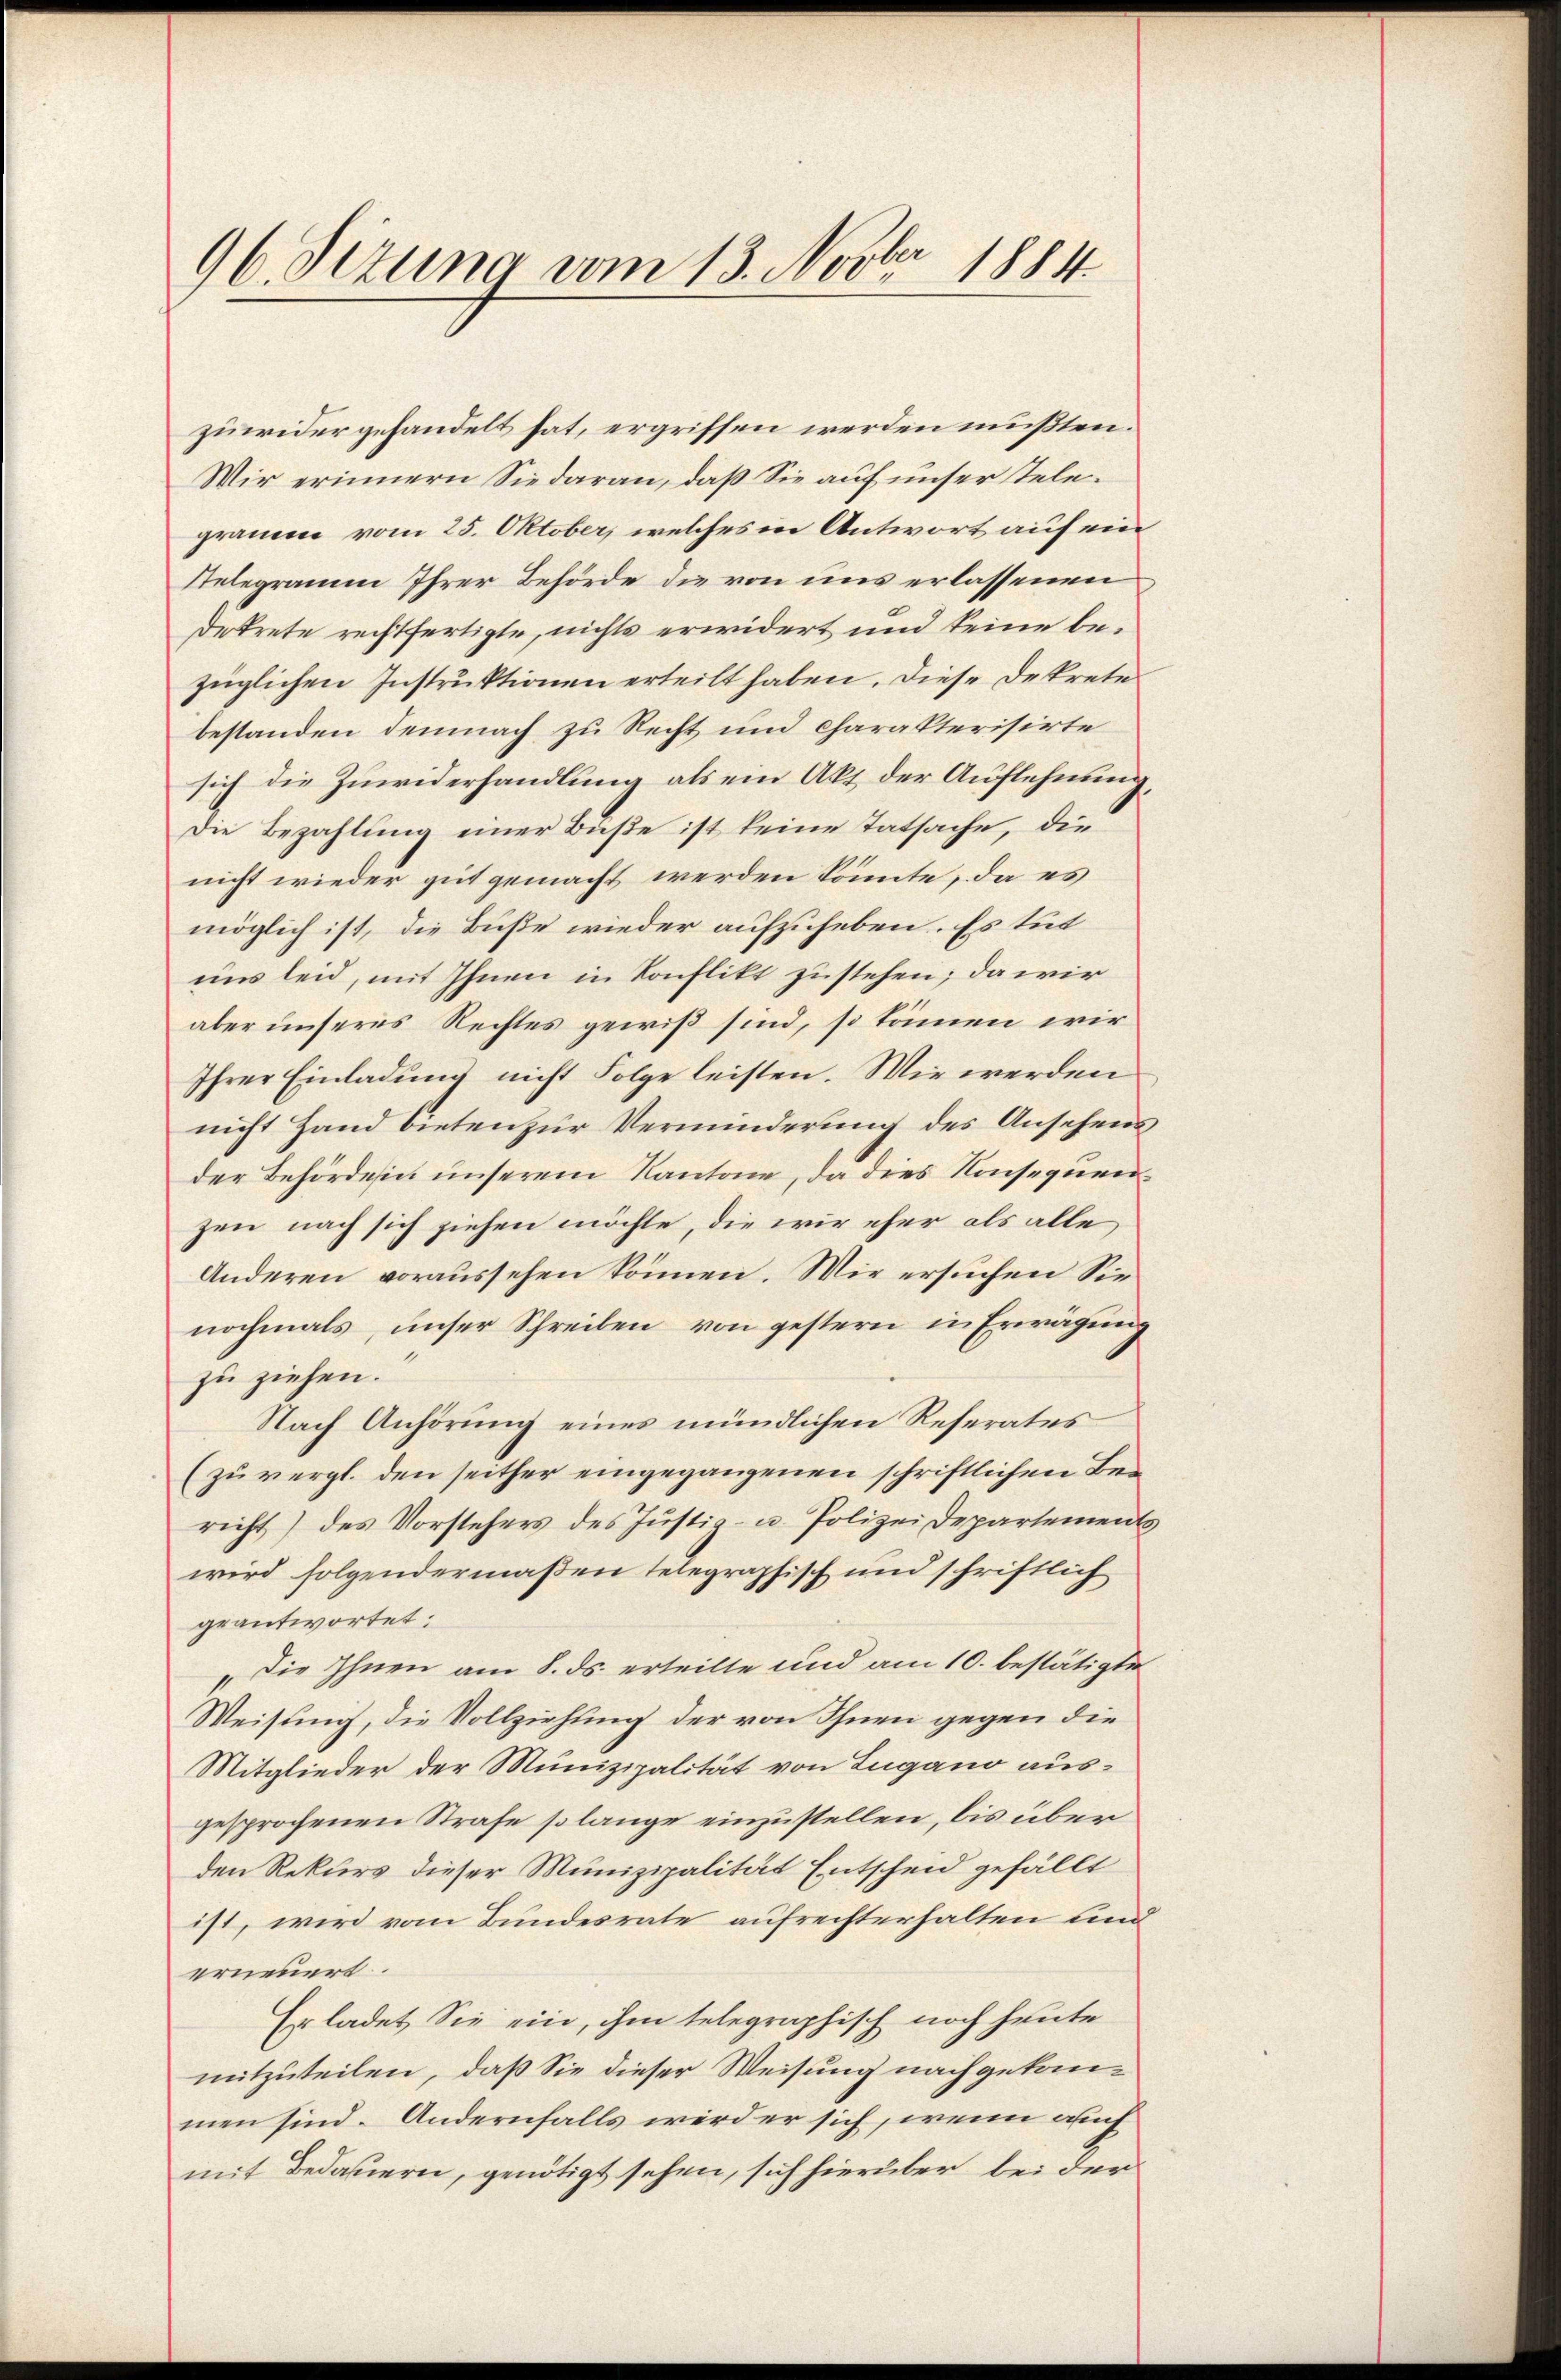
96. Sizung vom 13. Novber 1884.

zuwidergehandelt hat, ergriffen werden mußten.
Wir erinnern Sie daran, daß Sie auf unser Telegramm vom 25. Oktober, welches in Antwort auf ein
Relegramm Ihrer Behörde die von uns erlassenen
Detrete rechtfertigte, nichts erwidert und keine bezüglichen Instruktionen erteilt haben. Diese Dekrete
bestanden demnach zu Recht und charakterisirte
sich die Zuwiderhandlung als ein Akt der Auflehnung
Die Bezahlung einer Buße ist keine Tatsache, die
nicht wieder gut gemacht werden könnte, da es
möglich ist, die Buße wieder aufzuheben. Es tut
uns leid, mit Ihnen in Konflikt zustehen; da wir
aber unseres Rechtes gewiß sind, so können wir
Ihrer Einladung nicht Folge leisten. Wie werden
nicht Hand bieten zur Verminderung des Ansehens
der Behörde in unserem Kantone, da dies Konsequenzen nach sich ziehen möchte, die wir eher als alle
Anderen voraussehen können. Wir ersuchen Sie
nochmals, unser Schreiben von gestern in Erwägung
zu ziehen.
Nach Anhörung eines mündlichen Referates
(zu vergl. den seither eingegangenen schriftlichen Bericht) des Vorstehers des Justiz- u. Polizei Departementwird folgendermaßen telegraphisch und schriftlich
geantwortet:
Die Ihnen am 8. ds. erteilte und am 10. bestätigte
Weisung, die Vollziehung der von Ihnen gegen die
Mitglieder der Munizipalität von Lugano ausgesprochenen Strafe solange einzustellen, bis über
den Rekurs dieser Munizipalität Entscheid gefällt
ist, wird vom Bundesrate aufrechterhalten und
erneuert.
Erladet Sie ein, ihm telegraphisch noch heute
mitzuteilen, daß Sie dieser Weisung nachgekanmen sind. Andernfalls wird er sich, wenn auch
mit Bedauern, genötigt sehen, sich hierüber bei der